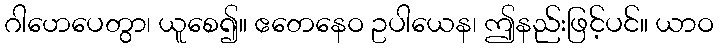
ဂါဟေပေတွာ၊ ယူစေ၍။ ဧတေနေဝ ဥပါယေန၊ ဤနည်းဖြင့်ပင်။ ယာဝ